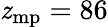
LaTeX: \mathit{z}_{\mathrm{{mp}}}=86